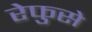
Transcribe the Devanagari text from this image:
रेफुसे